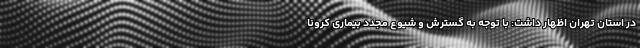
در استان تهران اظهار داشت: با توجه به گسترش و شیوع مجدد بیماری کرونا